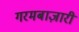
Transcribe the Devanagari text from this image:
गरमबाज़ारी